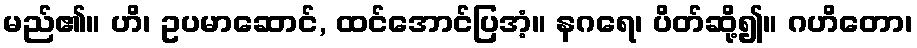
မည်၏။ ဟိ၊ ဥပမာဆောင်, ထင်အောင်ပြအံ့။ နဂရေ၊ ပိတ်ဆို့၍။ ဂဟိတော၊